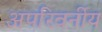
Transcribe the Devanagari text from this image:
अपरिवर्नीय